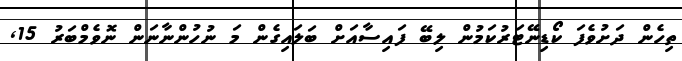
ތިހެން ދަށުވެފަ ކޯޑިނޭޓަރުކަމުން ލިބޭ ފައިސާއަށް ބަލައިގެން މަ ނުހުންނާނަން ނޮވެމްބަރު 15